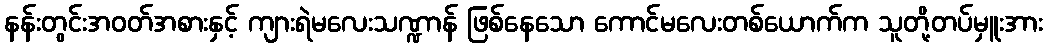
နန်းတွင်းအဝတ်အစားနှင့် ကျားရဲမလေးသဏ္ဍာန် ဖြစ်နေသော ကောင်မလေးတစ်ယောက်က သူတို့တပ်မှူးအား